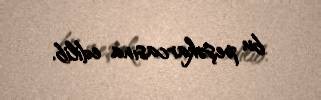
bu peşəkarcasına edilib.